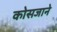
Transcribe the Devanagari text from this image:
कोसजाने